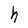
Character: h